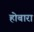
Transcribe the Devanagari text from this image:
होबारा